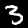
Digit: 3